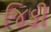
જિકી